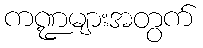
ကဏ္ဍများအတွက်